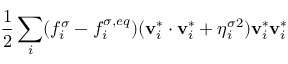
\frac { 1 } { 2 } \sum _ { i } ( f _ { i } ^ { \sigma } - f _ { i } ^ { \sigma , e q } ) ( \mathbf { v } _ { i } ^ { * } \cdot \mathbf { v } _ { i } ^ { * } + \eta _ { i } ^ { \sigma 2 } ) \mathbf { v } _ { i } ^ { * } \mathbf { v } _ { i } ^ { * }